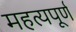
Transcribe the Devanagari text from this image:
महत्यपूर्ण